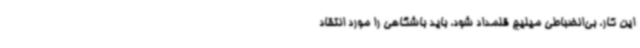
این کار، بی‌انضباطی میلیچ قلمداد شود، باید باشگاهی را مورد انتقاد